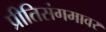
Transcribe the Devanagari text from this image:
प्रीतिसंगमावर